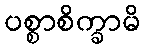
ပစ္စာစိက္ခာမိ